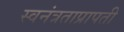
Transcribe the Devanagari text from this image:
स्वनंत्रताप्रापती